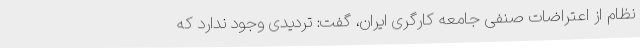
نظام از اعتراضات صنفی جامعه کارگری ایران، گفت: تردیدی وجود ندارد که